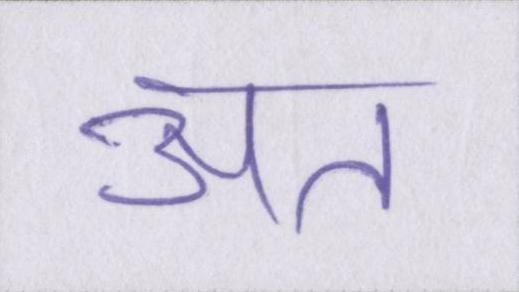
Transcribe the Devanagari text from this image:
अत